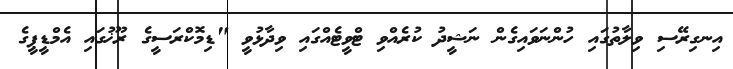
އިނގިރޭސި ވިލާތުގައި ހުންނަވައިގެން ނަޝީދު ކުރެއްވި ޓްވީޓެއްގައި ވިދާޅުވީ "ޑިމޮކްރަސީގެ ރޫޚުގައި އެމްޑީޕީގެ